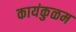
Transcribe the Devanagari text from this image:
कायंकुळम